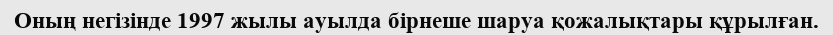
Оның негізінде 1997 жылы ауылда бірнеше шаруа қожалықтары құрылған.